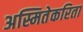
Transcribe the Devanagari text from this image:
अस्मितेकरिता